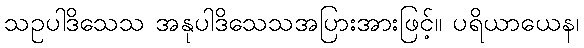
သဥပါဒိသေသ အနုပါဒိသေသအပြားအားဖြင့်။ ပရိယာယေန၊